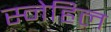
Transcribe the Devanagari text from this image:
स्नेहिल